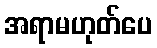
အရာမဟုတ်ပေ